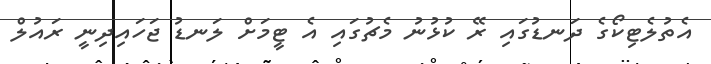
އެތުލެޓިކޯގެ ދަނޑުގައި ރޭ ކުޅުނު މެޗުގައި އެ ޓީމަށް ލަނޑު ޖަހައިދިނީ ރައުލް